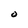
Character: O